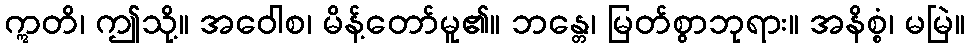
ဣတိ၊ ဤသို့။ အဝေါစ၊ မိန့်တော်မူ၏။ ဘန္တေ၊ မြတ်စွာဘုရား။ အနိစ္စံ၊ မမြဲ။